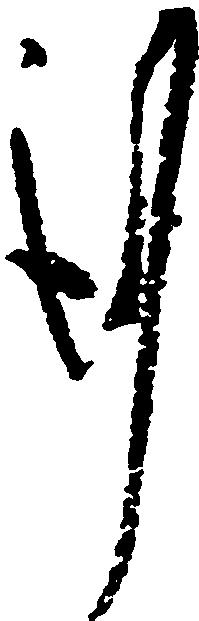
謹